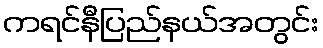
ကရင်နီပြည်နယ်အတွင်း